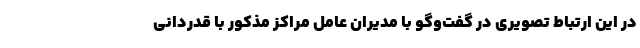
در این ارتباط تصویری در گفت‌وگو با مدیران عامل مراکز مذکور با قدردانی